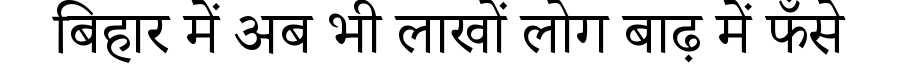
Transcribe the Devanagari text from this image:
बिहार में अब भी लाखों लोग बाढ़ में फँसे